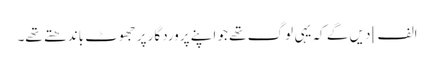
الف] دیں گے کہ یہی لوگ تھے جو اپنے پروردگار پر جھوٹ باندھتے تھے۔